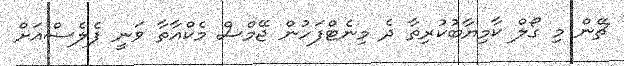
ޗޭން މި ގޯލް ކާމިޔާބުކުރިތާ ދެ މިނެޓްފަހުން ޖޭމްސް މެކްއާތާ ވަނީ ޕެލެސްއަށް